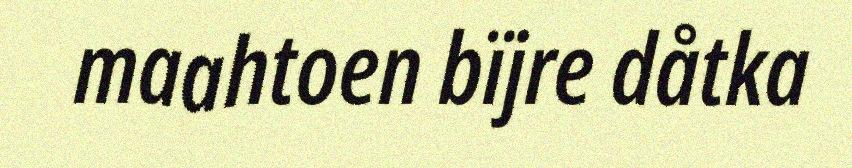
maahtoen bïjre dåtka